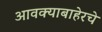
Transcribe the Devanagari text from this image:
आवक्याबाहेरचे